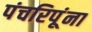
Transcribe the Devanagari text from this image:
पंचरिपूंना